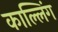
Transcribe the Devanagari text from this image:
काल्लिंग